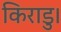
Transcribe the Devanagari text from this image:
किराडु।